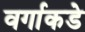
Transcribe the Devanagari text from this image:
वर्गाकडे